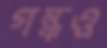
গন্ধও